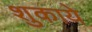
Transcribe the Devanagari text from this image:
शुकाये